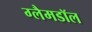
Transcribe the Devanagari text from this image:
ग्लैमडॉल